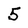
Character: 5